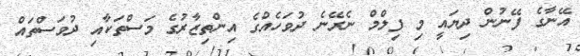
އޭނާގެ ފޭނުން ދިޔައީ މި ފިލްމް ނެރޭނެ ދުވަހެއްގެ އިންތިޒާރުގެ މަސްތަކާއި ދުވަސްތައް